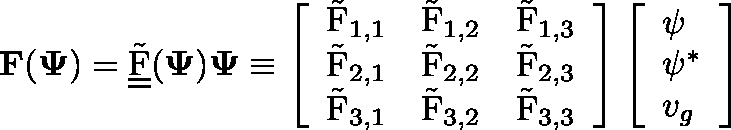
\mathbf { F } ( \mathbf \Psi ) = \underline { { \underline { { \Tilde { \operatorname { F } } } } } } ( \mathbf { \Psi } ) \mathbf { \Psi } \equiv \left[ \begin{array} { l l l } { \Tilde { \operatorname { F } } _ { 1 , 1 } } & { \Tilde { \operatorname { F } } _ { 1 , 2 } } & { \Tilde { \operatorname { F } } _ { 1 , 3 } } \\ { \Tilde { \operatorname { F } } _ { 2 , 1 } } & { \Tilde { \operatorname { F } } _ { 2 , 2 } } & { \Tilde { \operatorname { F } } _ { 2 , 3 } } \\ { \Tilde { \operatorname { F } } _ { 3 , 1 } } & { \Tilde { \operatorname { F } } _ { 3 , 2 } } & { \Tilde { \operatorname { F } } _ { 3 , 3 } } \end{array} \right] \left[ \begin{array} { l } { \psi } \\ { \psi ^ { * } } \\ { v _ { g } } \end{array} \right]